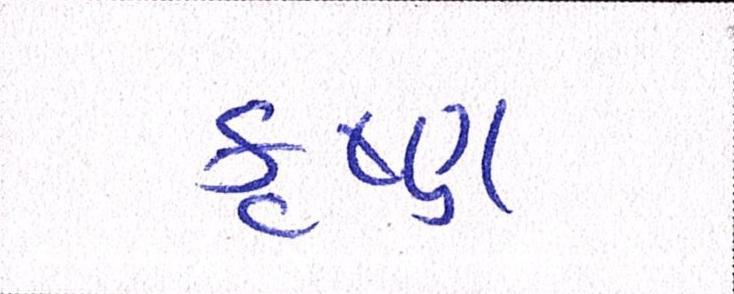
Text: કૃષ્ણ